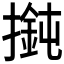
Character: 𢵶